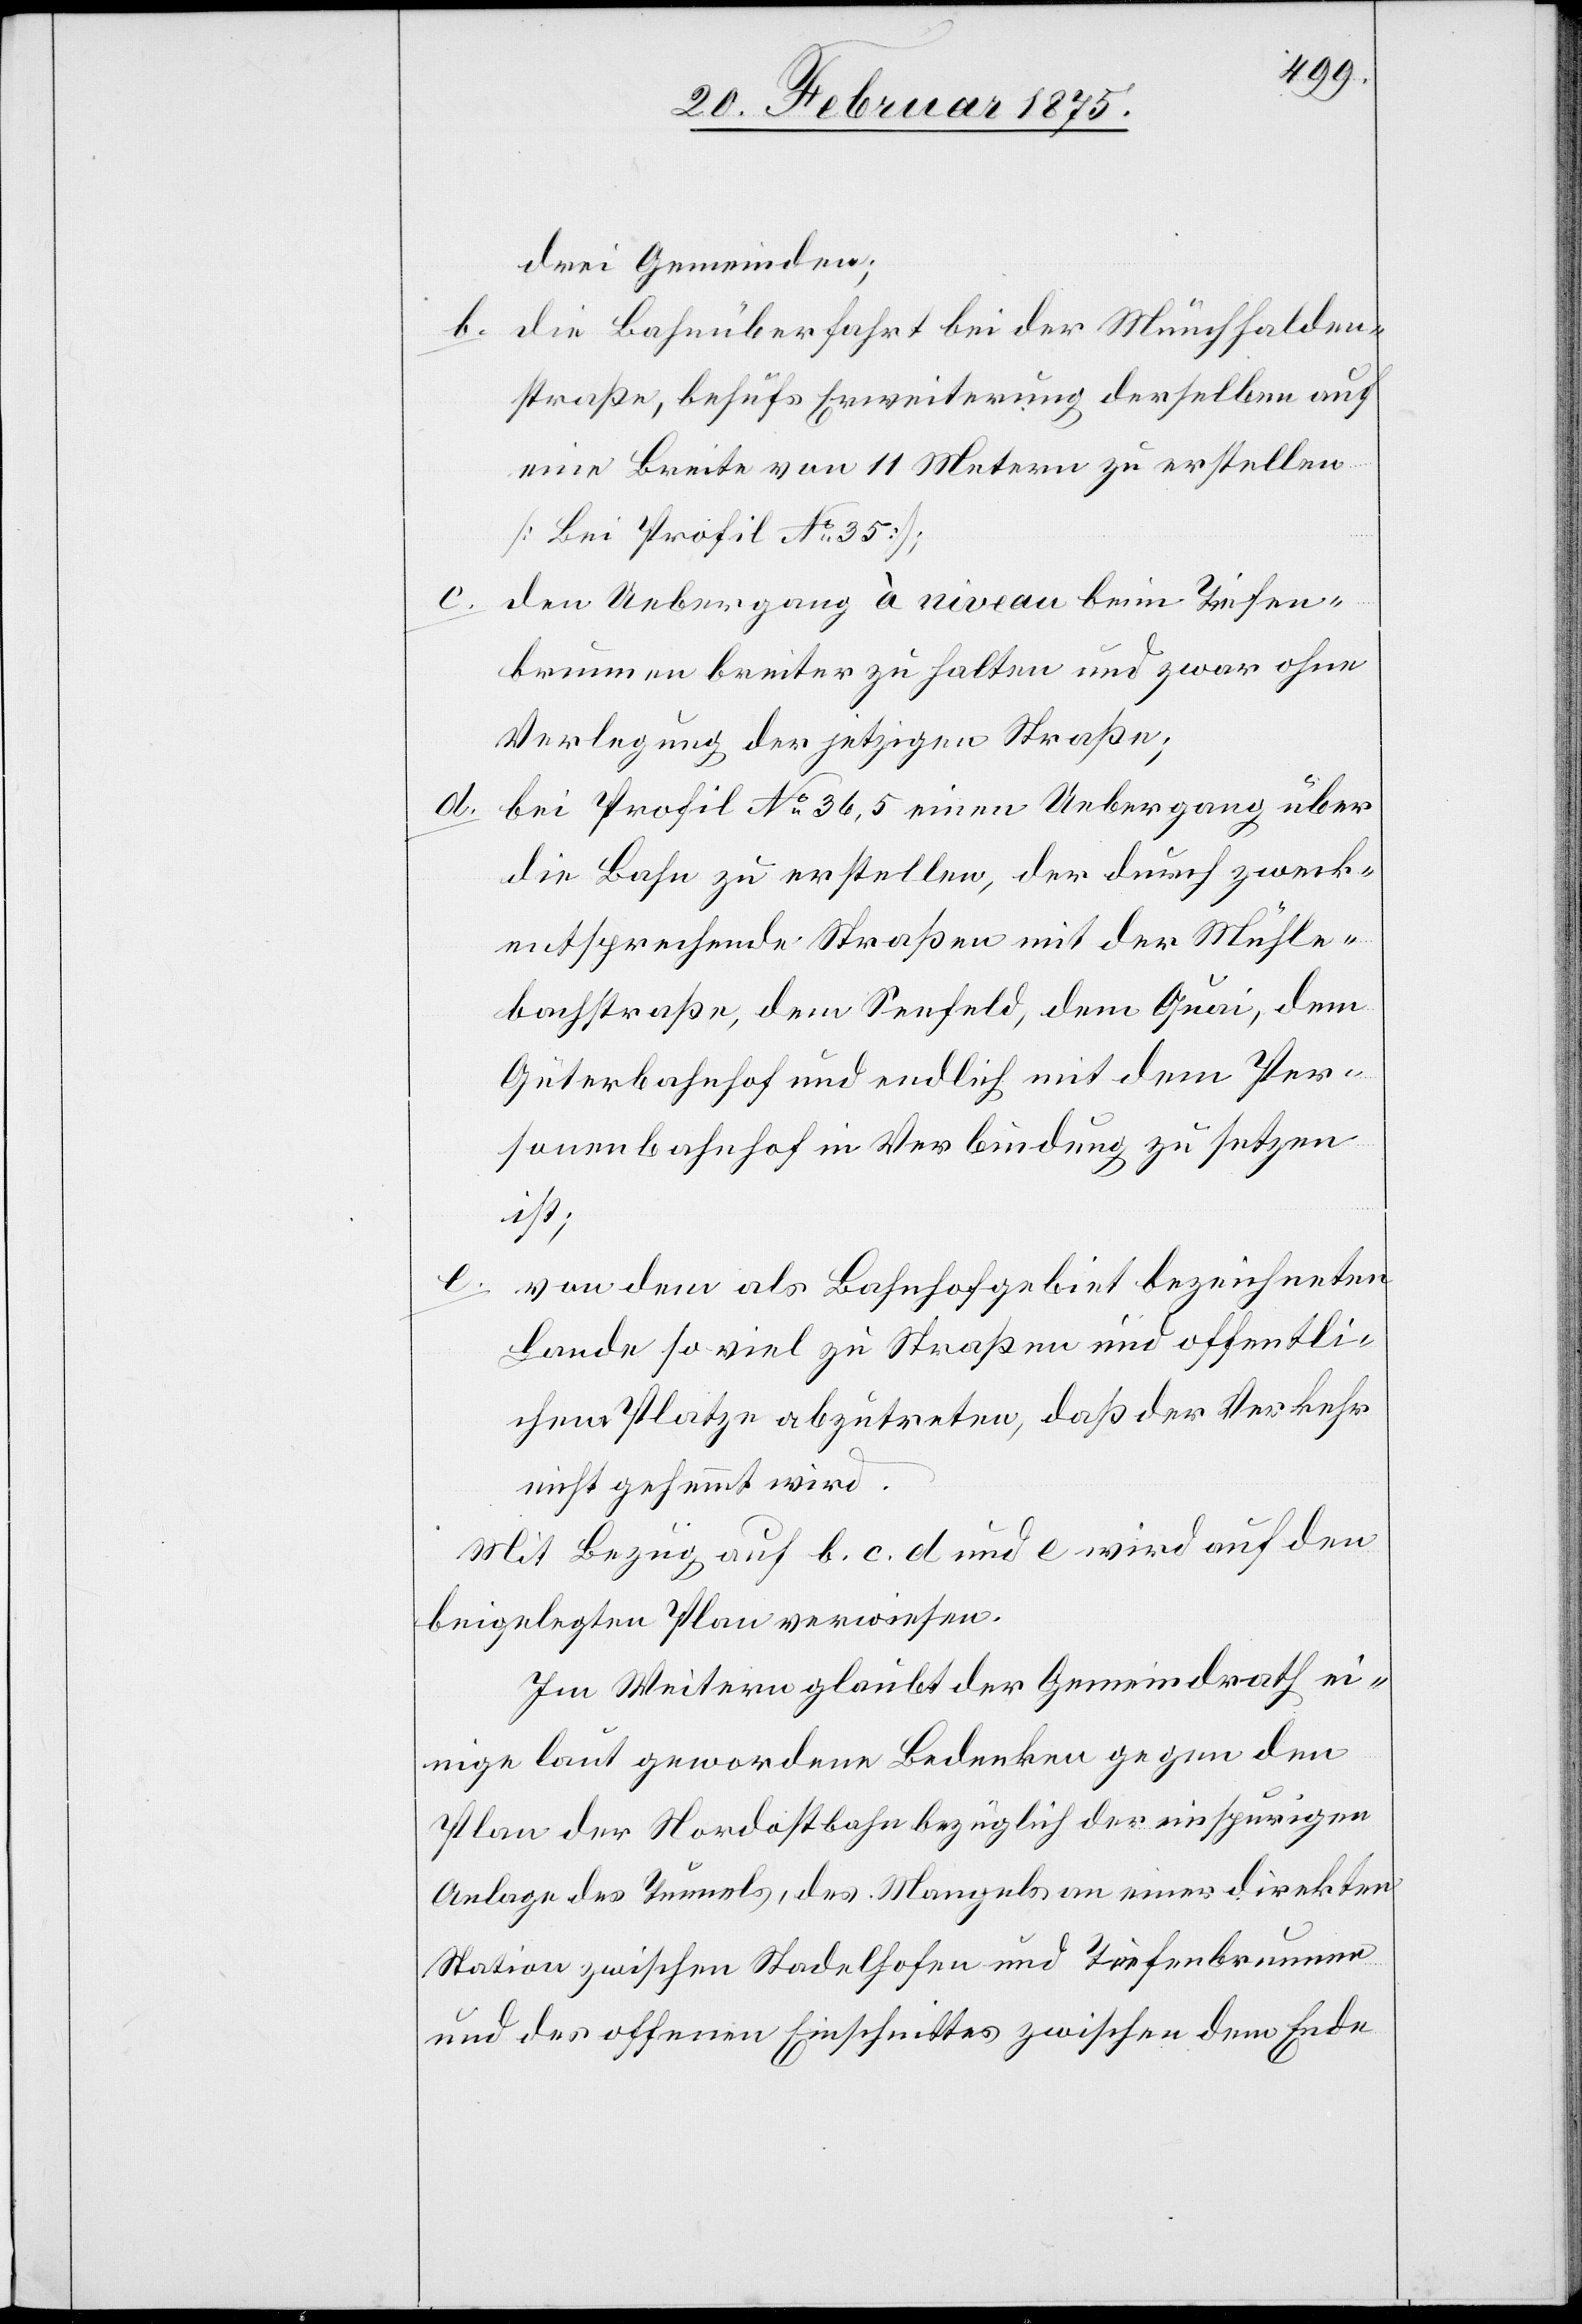
drei Gemeinden;
die Bahnüberfahrt bei der Münchhalden¬
straße, behufs Erweiterung derselben auf
eine Breite von 11 Metern zu erstellen
[Bei Profil No 35];
den Uebergang à niveau beim Tiefen¬
brunnen breiter zu halten und zwar ohne
Verlegung der jetzigen Straße;
bei Profil No 36,5 einen Uebergang über
die Bahn zu erstellen, der durch zweck¬
entsprechende Straßen mit der Mühle¬
bachstraße, dem Seefeld, dem Quai, dem
Güterbahnhof und endlich mit dem Per¬
sonenbahnhof in Verbindung zu setzen
ist;
e.
von dem als Bahnhofgebiet bezeichneten
Lande so viel zu Straßen und offentlichem
[sic!] Platze abzutreten, daß der Verkehr
nicht gehemmt wird.
Mit Bezug auf b. c. d und e wird auf den
beigelegten Plan verwiesen.
Im Weitern glaubt der Gemeindrath ei¬
nige laut gewordene Bedenken gegen den
Plan der Nordostbahn bezüglich der einspurigen
Anlage des Tunnels, des Mangels an einer direkten
Station zwischen Stadelhofen und Tiefenbrunnen
und des offenen Einschnittes zwischen dem Ende